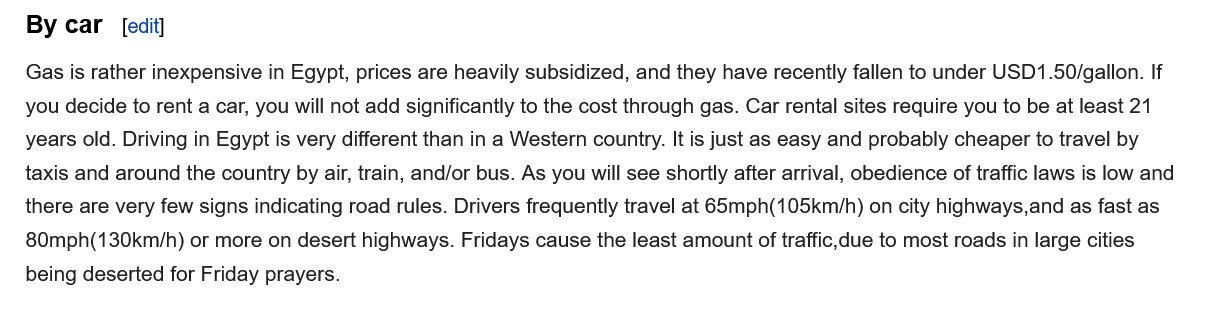
Gas is rather inexpensive in Egypt, prices are heavily subsidized, and they have recently fallen to under USD1.50/gallon. If
   you decide to rent a car, you will not add significantly to the cost through gas. Car rental sites require you to be at least 21
   years old. Driving in Egypt is very different than in a Western country. It is just as easy and probably cheaper to travel by
   taxis and around the country by air, train, and/or bus. As you will see shortly after arrival, obedience of traffic laws is low and
   there are very few signs indicating road rules. Drivers frequently travel at 65mph(105km/h) on city highways,and as fast as
   80mph(130km/h) or more on desert highways. Fridays cause the least amount of traffic,due to most roads in large cities
   being deserted for Friday prayers.
   By  car  [edit]